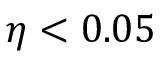
\eta < 0 . 0 5